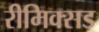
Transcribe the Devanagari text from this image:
रीमिक्सड